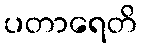
ပတာရေတိ